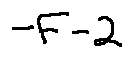
- F - 2